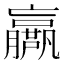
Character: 𡳴